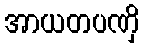
အာယတပဏှိ